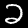
Digit: 2